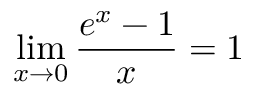
\operatorname* { l i m } _ { x \to 0 } { \frac { e ^ { x } - 1 } { x } } = 1